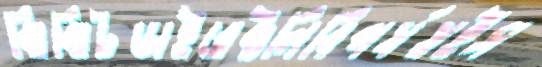
ঝিঝিটডাইরেক্টলিবিপর্যয়ইস